Vaccination in the Punjab 1919-1929 - 1919-1929
Year: 1919
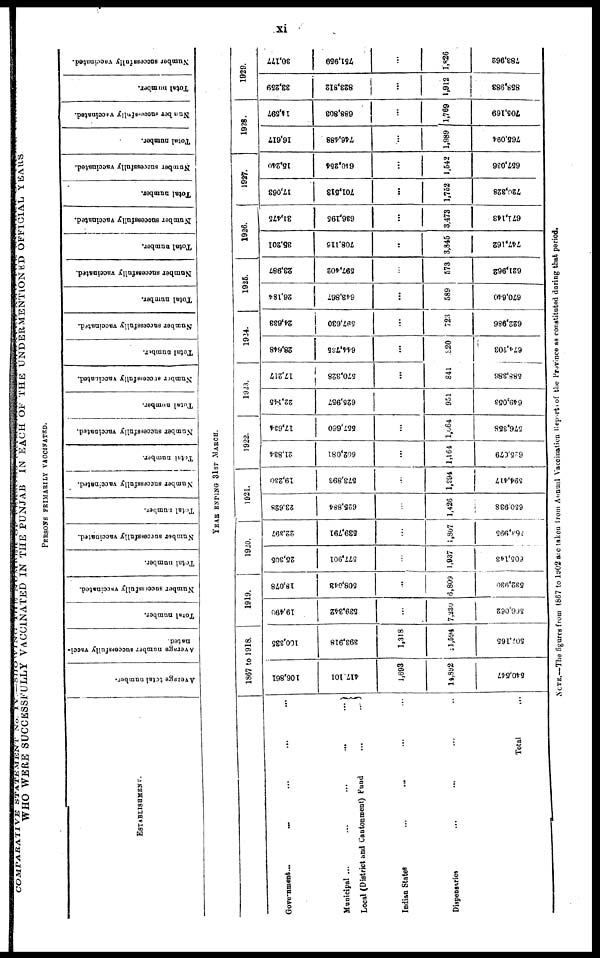
xi
WHO WERE SUCCESSFULLY VACCINATED IN THE PUNJAB IN EACH OF THE UNDERMENTIONED OFFICIAL YEARS
PERSONS PRIMARILY VACCINATED.
ESTABLISHMENT.
Government
...
...
...
...
...
Municipal
...
...
...
...
...
Local (District and Cantonment) Fund
...
Indian States ... ... ... ... ...
Dispensaries ... ... ... ... ...
Total ...
Average total number.
Average number successfully vacci-
nated
Total number.
Number successfully vaccinated.
Total number.
Number successfully vaccinated.
Total number.
Number successfully vaccinated.
Total number.
Number successfully vaccinated.
Total number.
Number successfully vaccinated.
Total number.
Number successfully vaccinated.
Total number.
Number successfully vaccinated.
Total number.
Number successfully vaccinated.
Total number.
Number successfully vaccinated.
Total number.
Number successfully vaccinated.
Total number.
Number successfully vaccinated.
YEAR ENDING 31ST MARCH.
1867 to 1918.
106,861
417,101
1,693
14,892
540,547
100,335
393,918
1,318
11,594
507,165
1919.
19,490
539,342
...
7,230
566,062
18,078
508,043
...
6,809
532,930
1920.
25,305
577,901
...
1,937
605,l43
22,397
539,791
...
1,807
563,995
1921.
23,628
625,884
...
1,426
650,938
19,230
573,893
...
1,294
594,417
1922.
21,834
602,081
...
1,164
625,079
17,634
557,660
...
1,064
576,358
1923.
22,145
625,957
...
951
649,053
17,217
570,328
...
841
588,386
1924.
28,648
644,735
...
820
674,203
24,633
597,630
...
723
622,986
1925.
26,184
643,867
...
589
670,640
23,987
597,402
...
573
621,962
1926.
35,201
708,116
...
3,845
747,162
31,475
636,195
...
3,473
671,143
1927.
17,063
701,513
...
1,752
720,328
15,240
640,254
...
1,542
657,036
1928.
16,617
746,488
...
1,989
765,094
14,597
688,803
...
1,769
705,169
1929.
33,259
823,812
...
1,912
858,983
30,177
751,959
...
1,826
783,962
NOTE.—The figures from 1867 to 1902 are taken from Annual Vaccination Reports of the Province as constituted during that period.